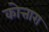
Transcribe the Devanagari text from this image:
कोत्तारा